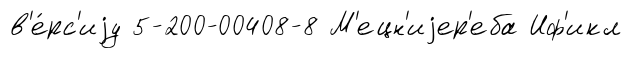
в'е́рс'иjу 5-200-00408-8 М'ецн'иjер'еба Иф'икл